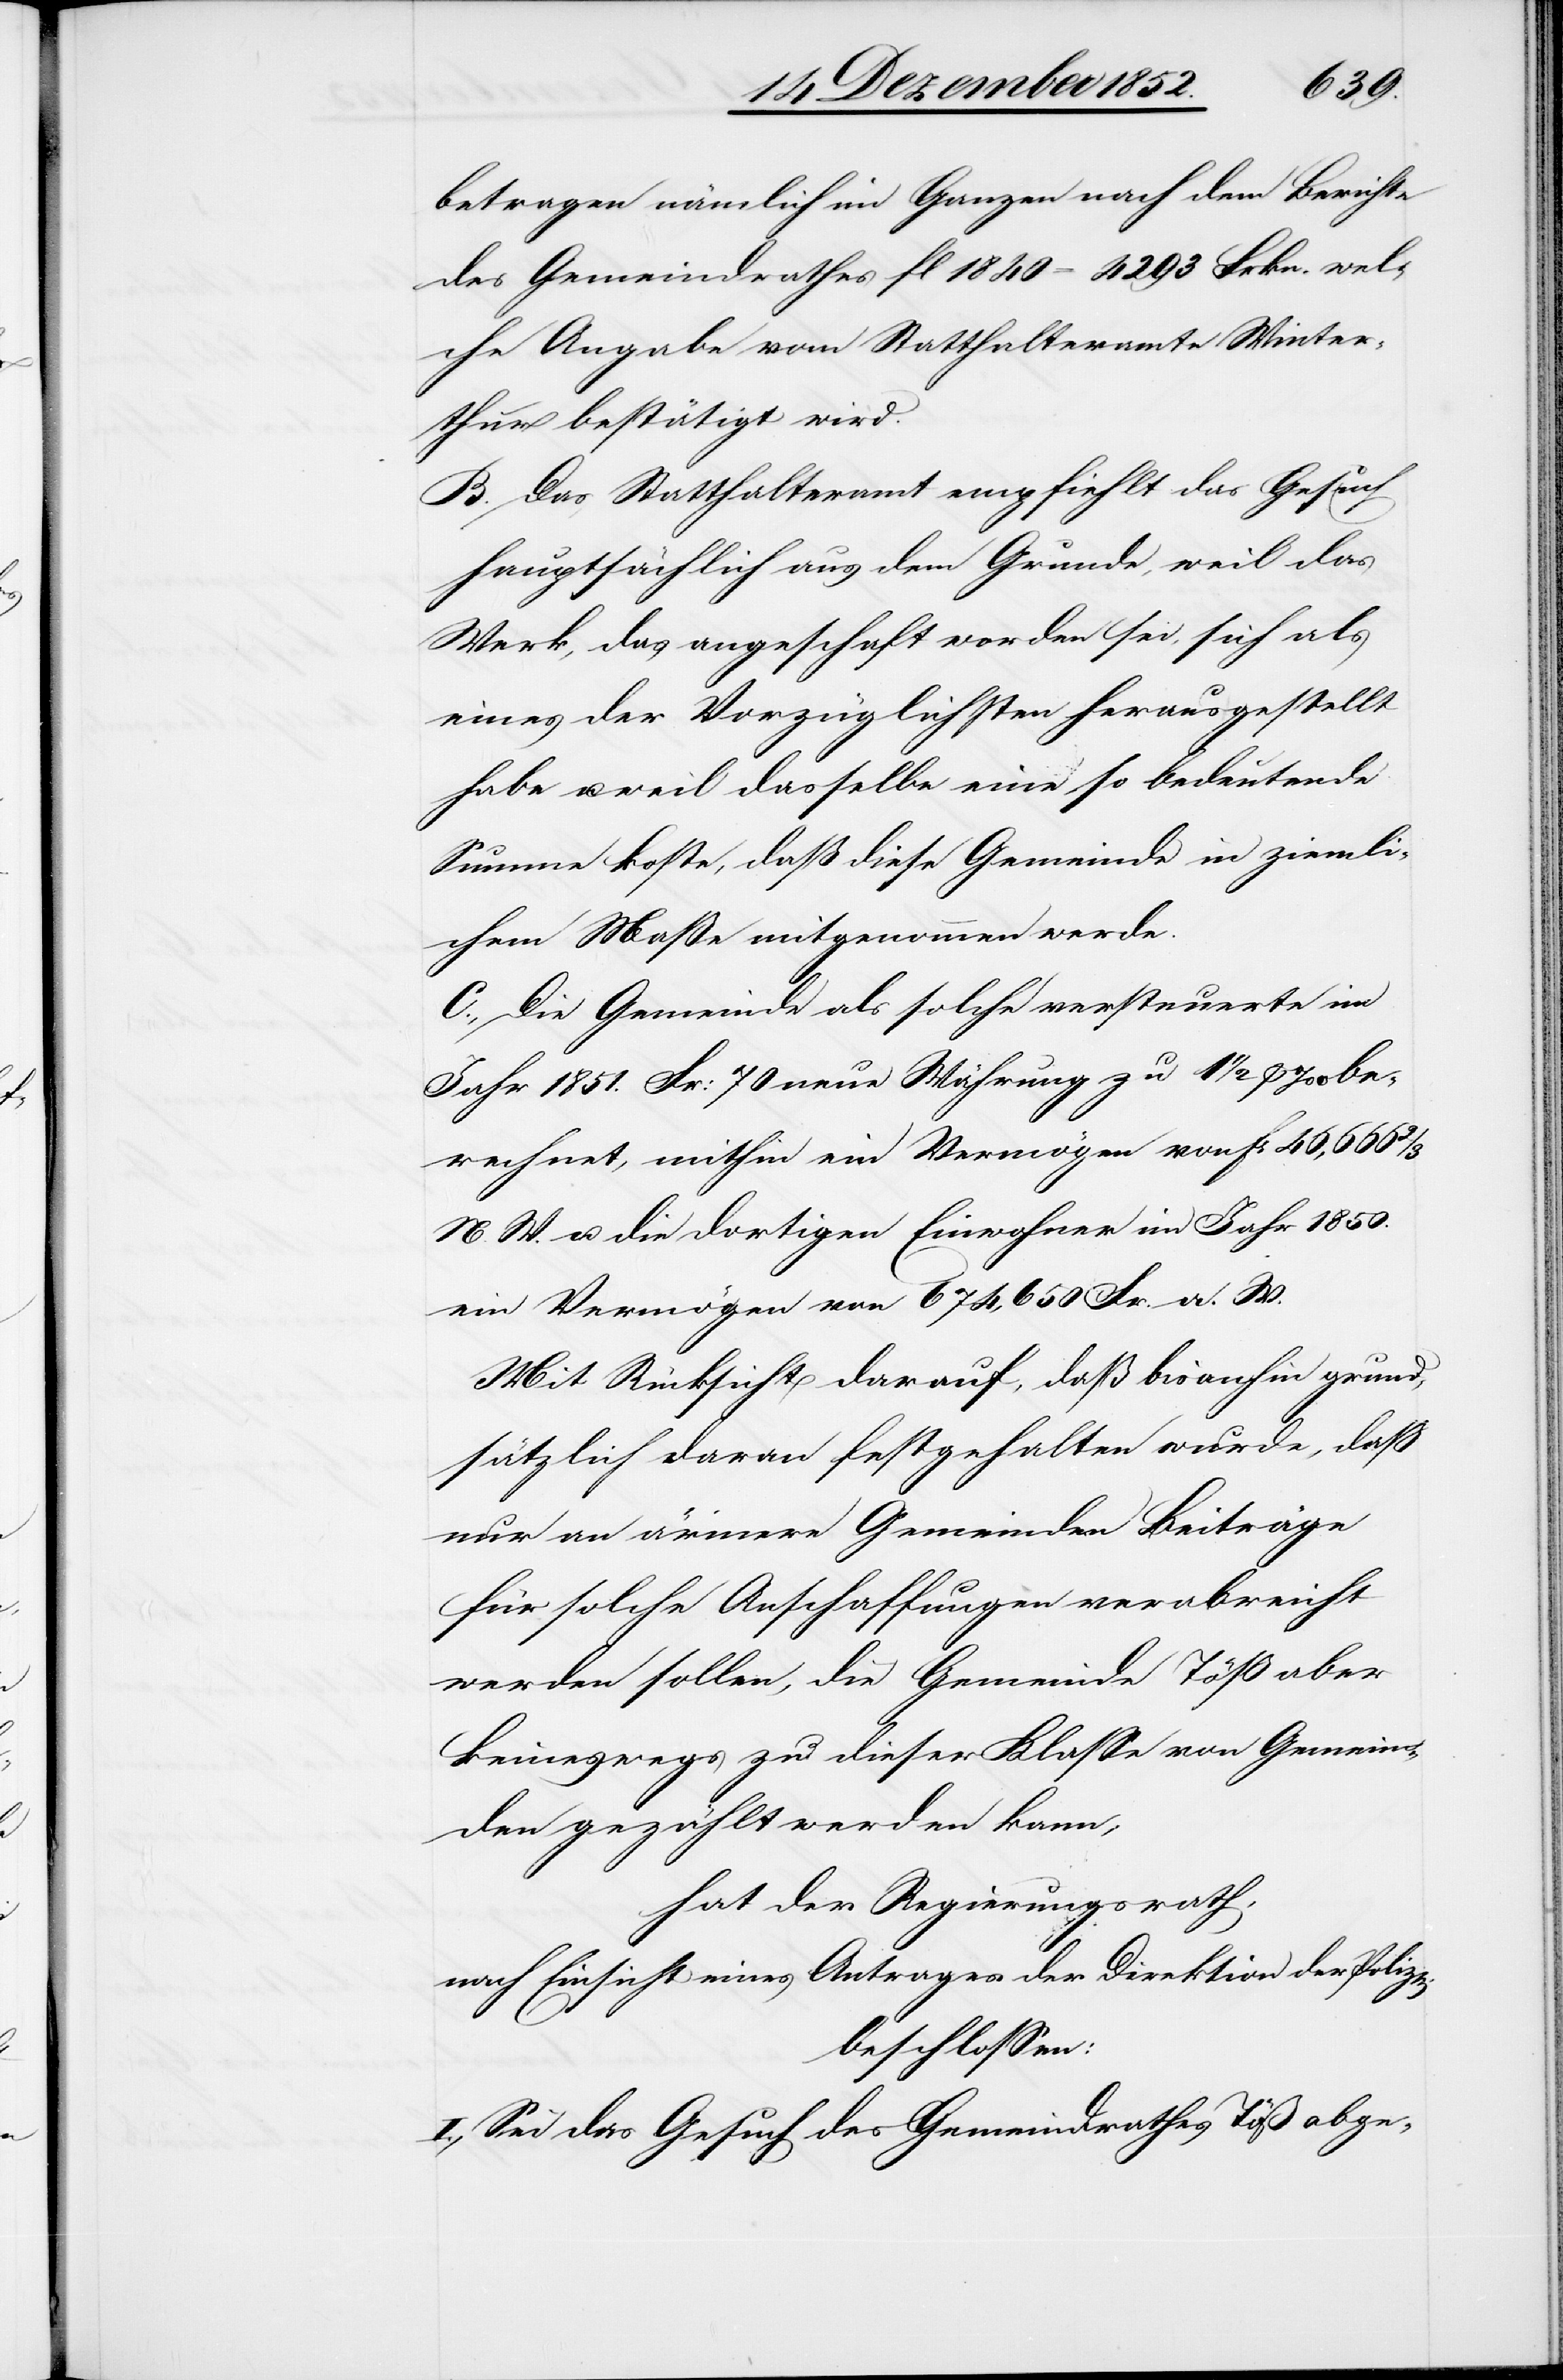
betragen nämlich im Ganzen nach dem Berichte
des Gemeindrathes fl 1840 = 4293 Frkn. wel¬
che Angabe vom Statthalteramte Winter¬
thur bestätigt wird.
B. Das Statthalteramt empfiehlt das Gesuch
hauptsächlich aus dem Grunde, weil das
Werk, das angeschaf[f]t worden sei, sich als
eines der Vorzüglichsten herausgestellt
habe u. weil dasselbe eine so bedeutende
Summe koste, daß diese Gemeinde in ziemli¬
chem Maße mitgenommen werde.
C., Die Gemeinde als solche versteuerte im
Jahr 1851. Fr: 70 neue Währung zu 1 1/2 p. ‰ be¬
rechnet, mithin ein Vermögen von fr 46,666
N. W. u. die dortigen Einwohner im Jahr 1850.
ein Vermögen von 674,650 Fr. a. W.
Mit Rücksicht darauf, daß bisanhin grund¬
sätzlich daran festgehalten wurde, daß
nur an ärmere Gemeinden Beiträge
für solche Anschaffungen verabreicht
werden sollen, die Gemeinde Töß aber
keineswegs zu dieser Klasse von Gemein¬
den gezählt werden kann;
hat der Regierungsrath,
nach Einsicht eines Antrages der Direktion der Polizei
beschlossen:
I., Sei das Gesuch des Gemeindrathes Töß abge-